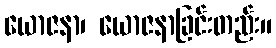
ယောဇနာ၊ ယောဇနာခြင်းတည်း။